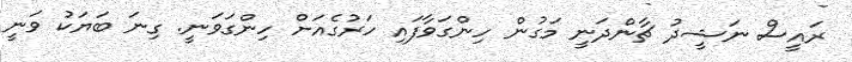
ރައީސް ނަޝީދު ޗާންދަނީ މަގުން ހިންގަވާފައި ހަރުގެއަށް ހިންގަވަނީ. ގިނަ ބަޔަކު ވަނީ